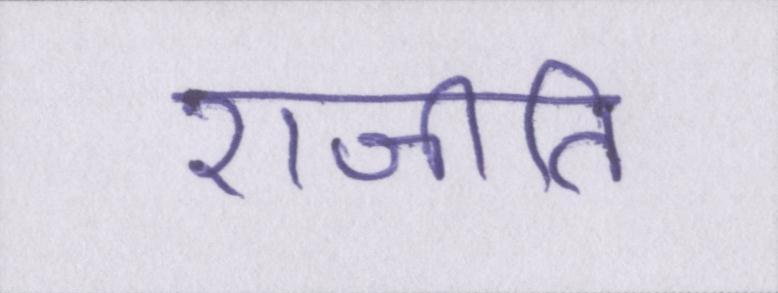
राजीति